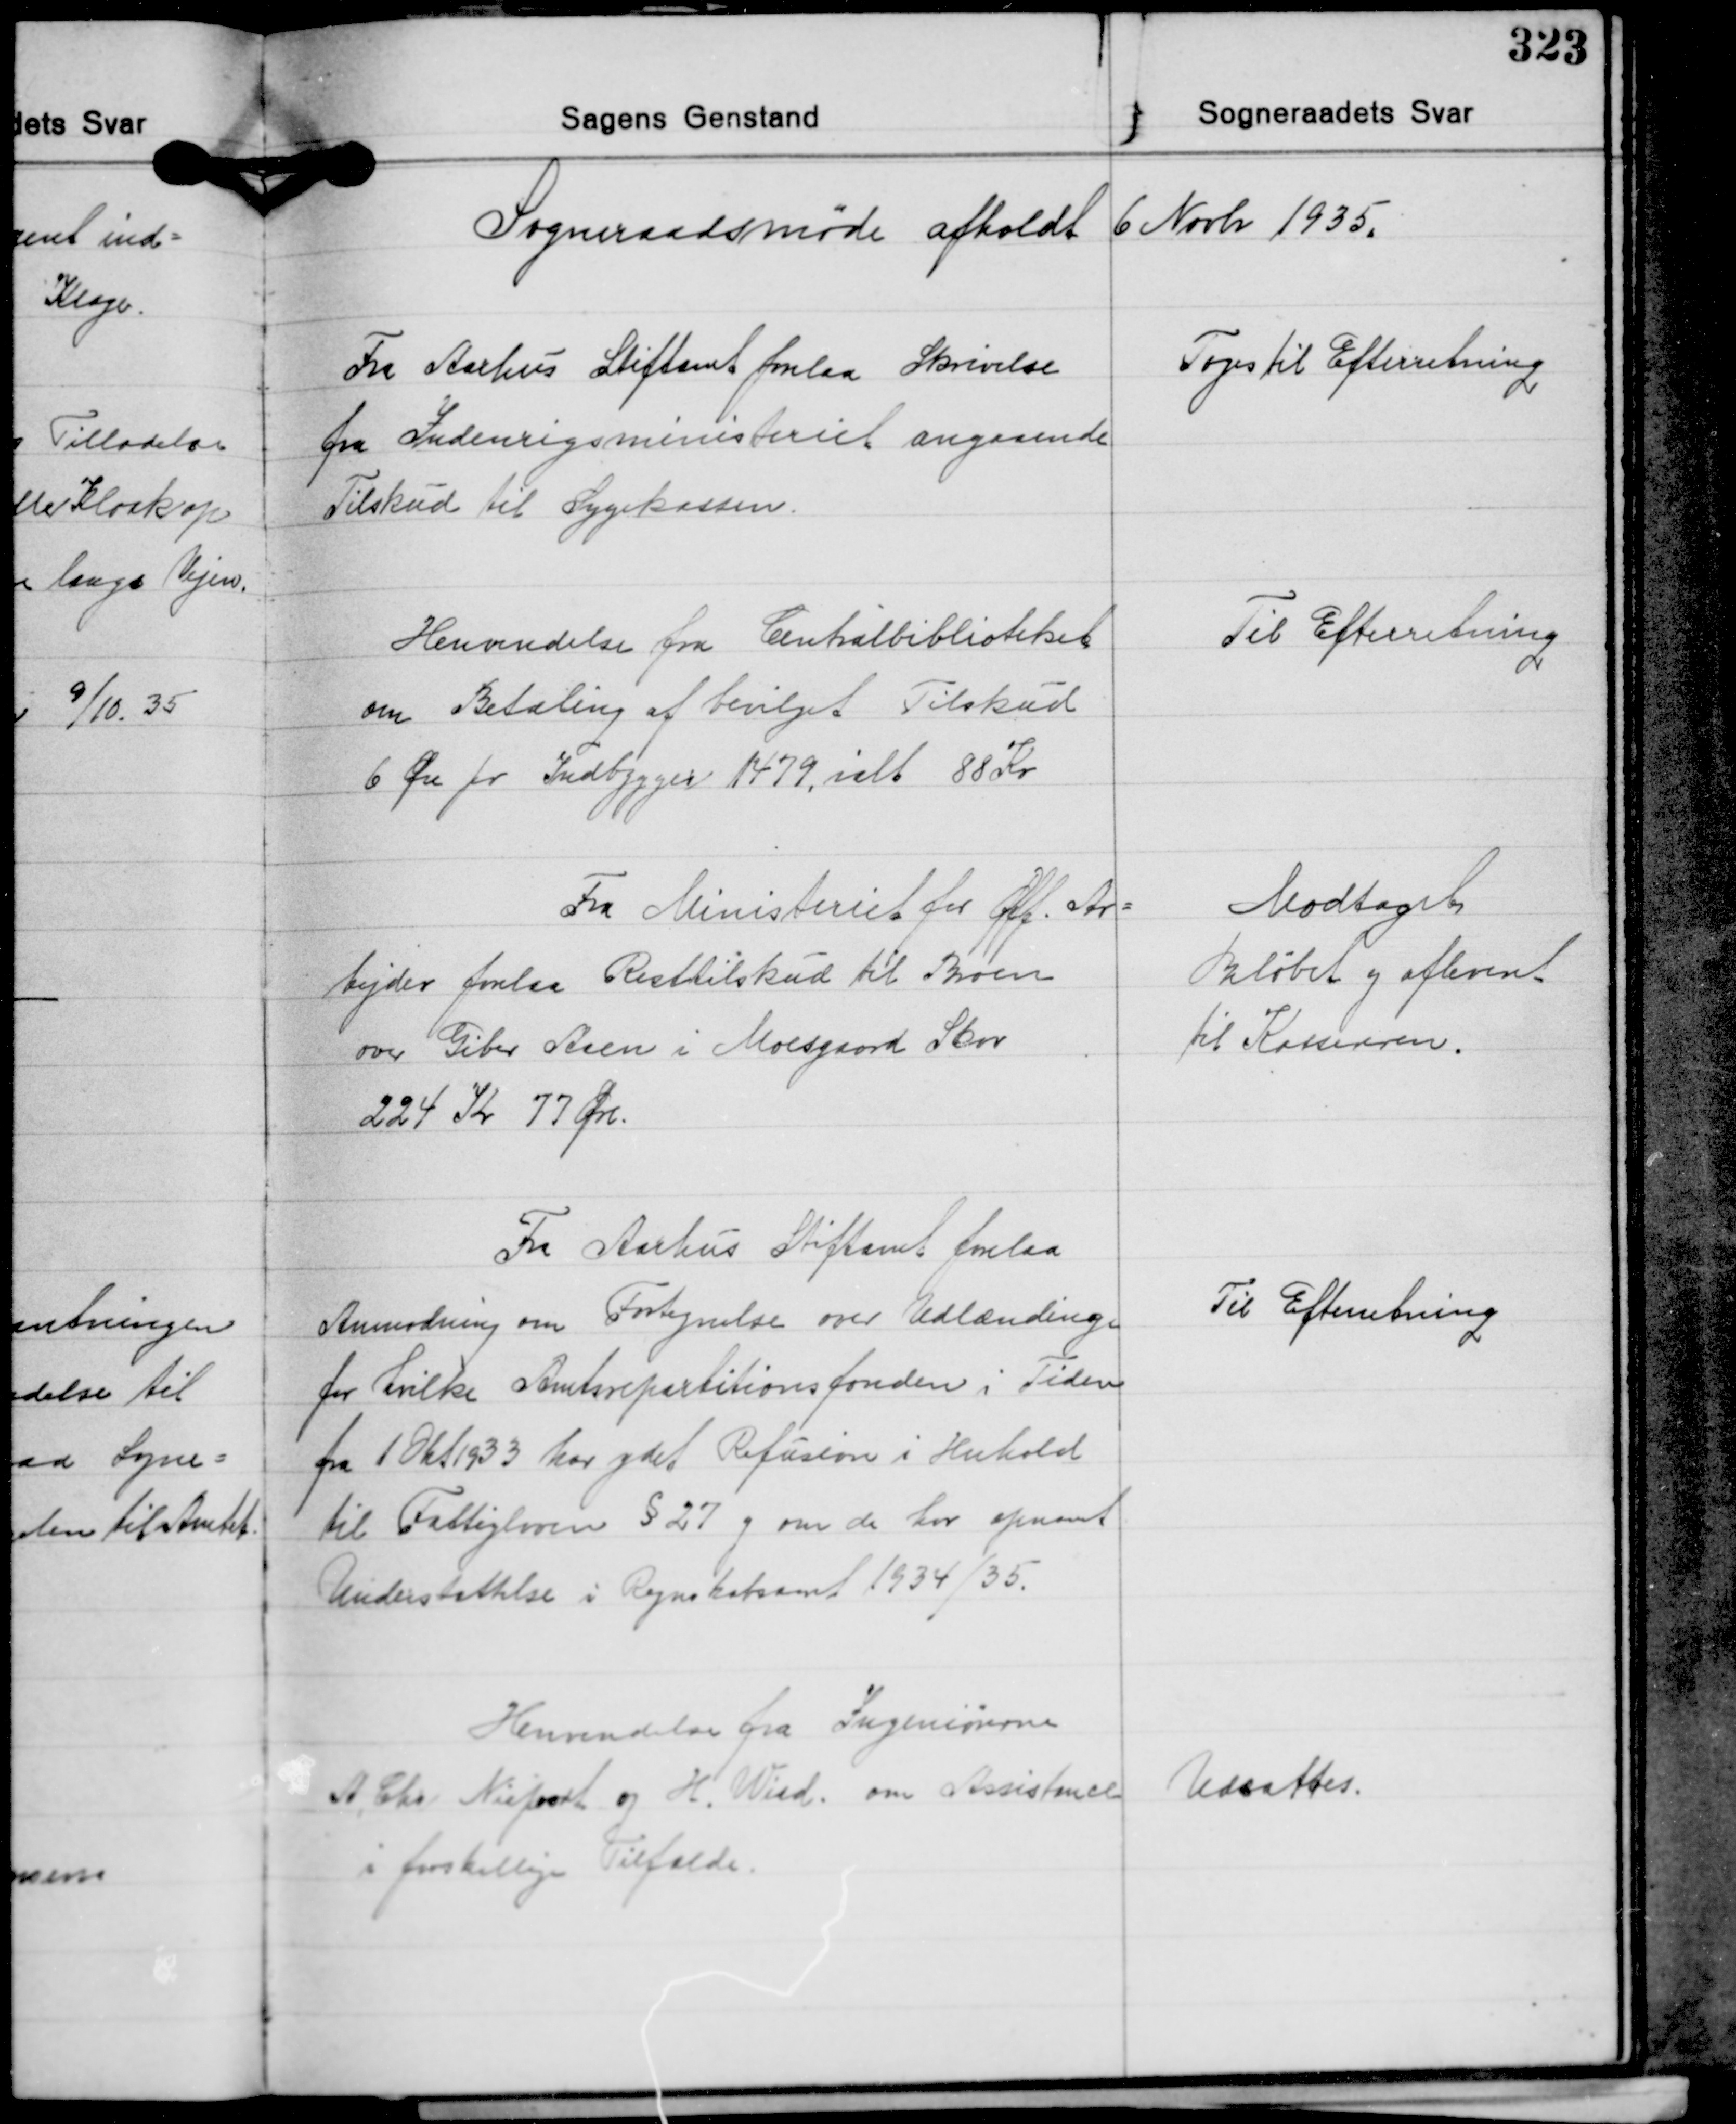
Transskription:
Sogneraadsmøde afholdt 6 Novbr. 1935.

Fra Aarhus Stiftamt forelaa Skrivelse
fra Indenrigsministeriet angaaende
Tilskud til Sygekassen.

Toges til Efterretning

Henvendelse fra Centalbiblioteket
om Betaling af bevilget Tilskud
6 Øre pr. Indbygger 1479, ialt 85 Kr.

Til Efterretning

Fra Ministeriet for Off. Ar-
bejder forelaa Resttilskud til Broen
over Giber Aaen i Moesgaard Skov
224 Kr. 77 Øre.

Modtaget
Beløbet og afleveret
til Kassereren.

Fra Aarhus Stiftamt forelaa
Anmodning om Fortegnelse over Udlændinge
for hvilke Amtsrepartitionsfonden i Tiden
fra 1 Okt. 1933 har ydet Refusion i Henhold
til Fattigloven § 27 og om de har opnaaet
Understøttelse i Regnskabsaaret 1934/35.

Til Efterretning

Henvendelse fra Ingeniørerne
A. Chr. Nieport og H. Wird om Assistance
i forskellige Tilfælde.

Udsattes.